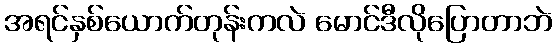
အရင်နှစ်ယောက်တုန်းကလဲ မောင်ဒီလိုပြောတာဘဲ